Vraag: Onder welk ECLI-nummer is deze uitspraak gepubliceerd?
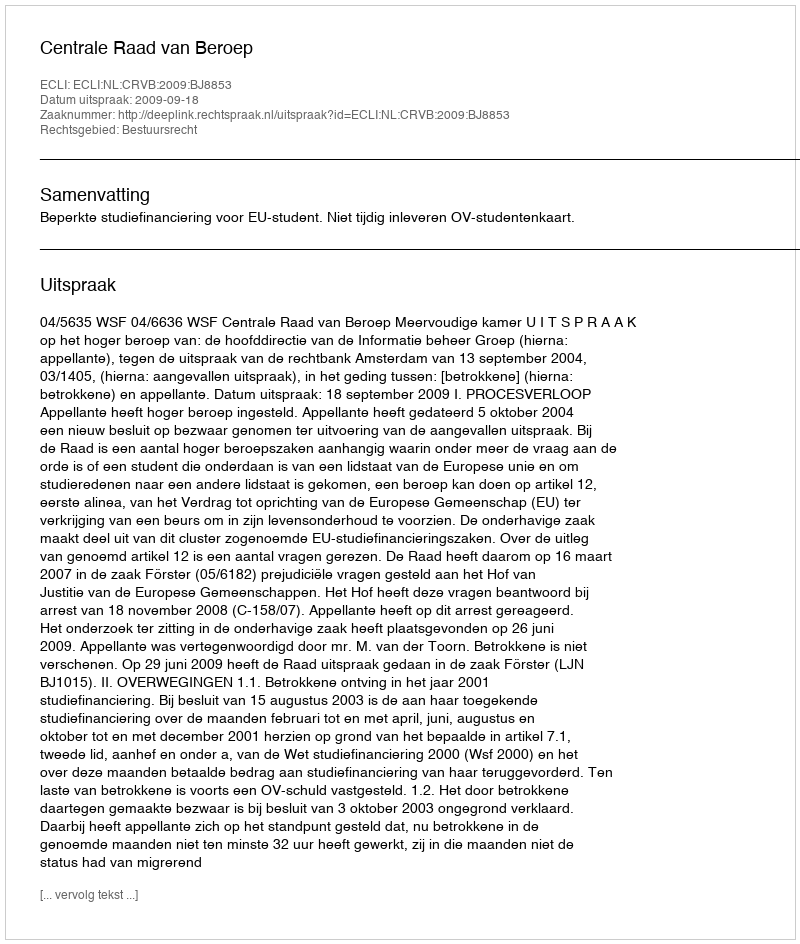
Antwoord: ECLI:NL:CRVB:2009:BJ8853